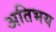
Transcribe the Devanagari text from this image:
अतिभय